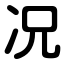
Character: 况